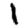
Digit: 1